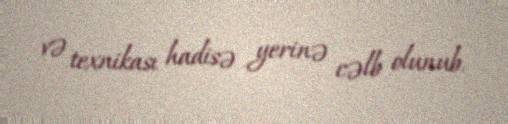
və texnikası hadisə yerinə cəlb olunub.